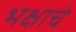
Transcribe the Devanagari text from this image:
भक्षाचे